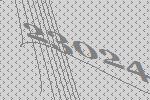
23024